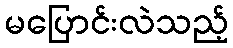
မပြောင်းလဲသည့်